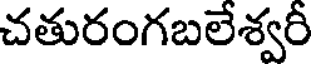
చతురంగబలేశ్వరీ